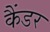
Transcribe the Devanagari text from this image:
कैंडर